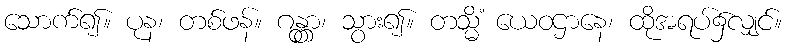
သောက်၍။ ပုန၊ တစ်ဖန်။ ဂန္တွာ၊ သွား၍။ တသ္မိံ ယေဝဌာနေ၊ ထိုအရပ်၌လျှင်။